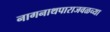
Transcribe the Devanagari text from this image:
नागनाथपाराजवळच्या